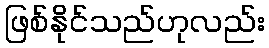
ဖြစ်နိုင်သည်ဟုလည်း